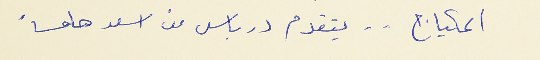
المكياج . . يتقدم درباس من اسعد هامساً